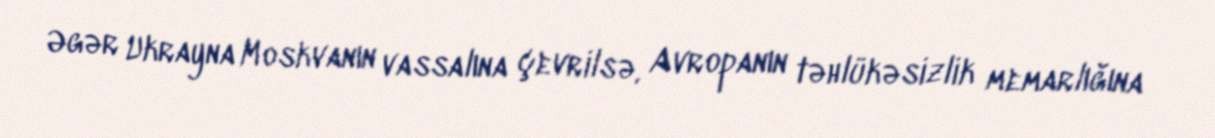
Əgər Ukrayna Moskvanın vassalına çevrilsə, Avropanın təhlükəsizlik memarlığına